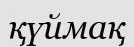
қүймақ